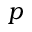
p